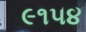
૯૧૫૪